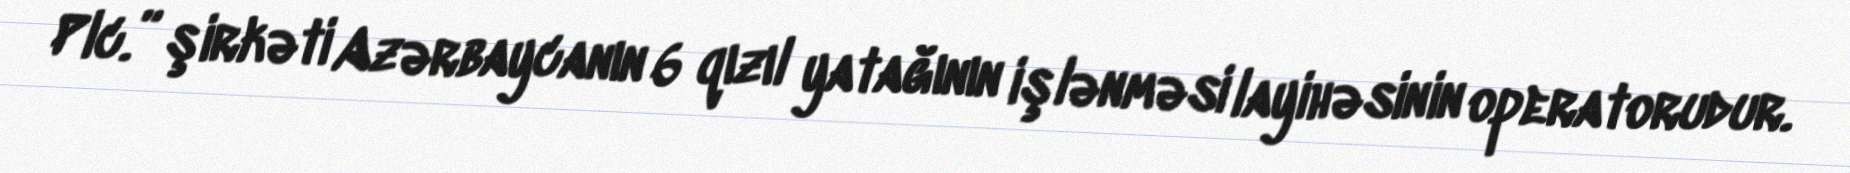
Plc.” şirkəti Azərbaycanın 6 qızıl yatağının işlənməsi layihəsinin operatorudur.